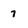
Character: 7